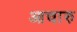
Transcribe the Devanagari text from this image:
आचारु